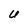
Character: U